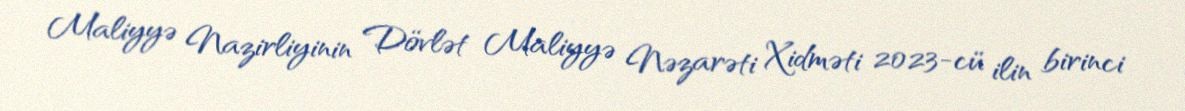
Maliyyə Nazirliyinin Dövlət Maliyyə Nəzarəti Xidməti 2023-cü ilin birinci